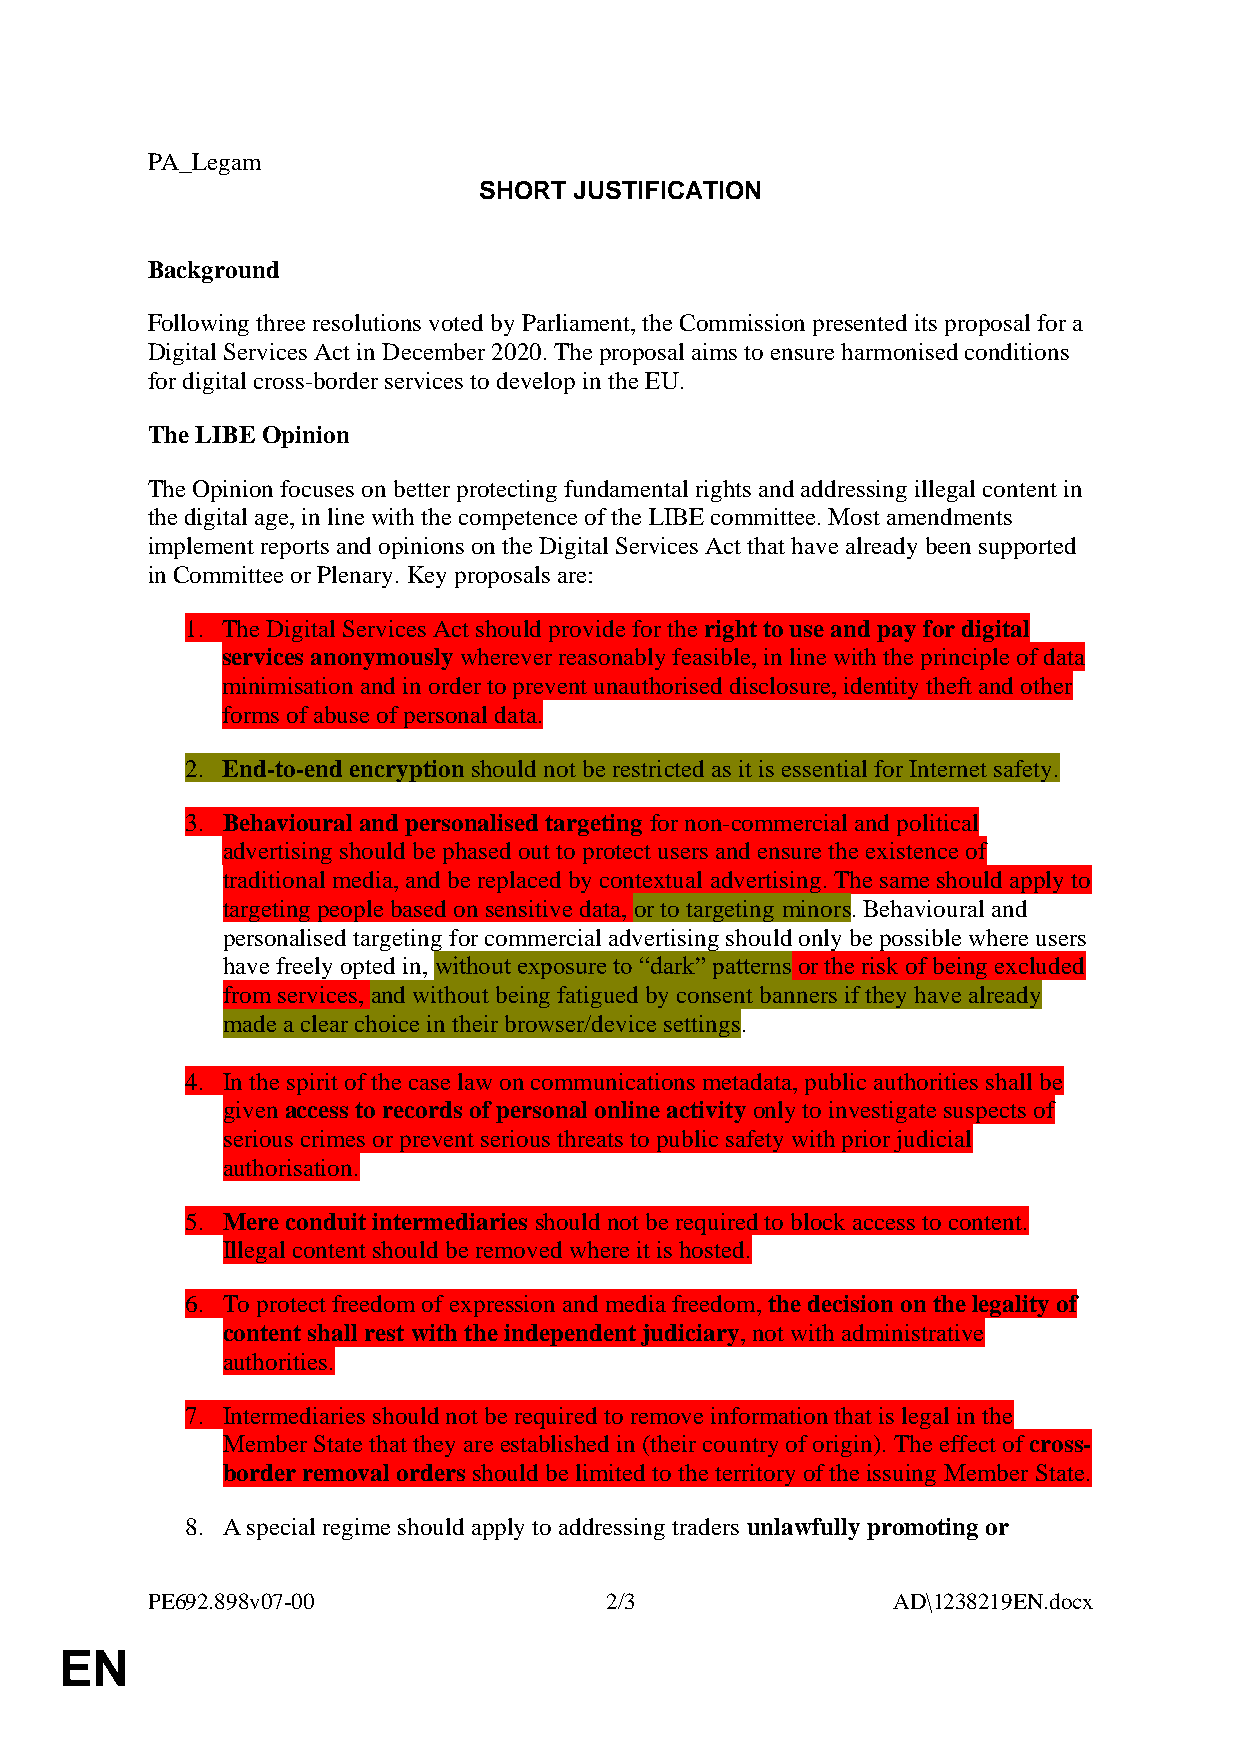
PA_Legam
 SHORT JUSTIFICATION
 Background
 Following three resolutions voted by Parliament, the Commission presented its proposal for a
 Digital Services Act in December 2020. The proposal aims to ensure harmonised conditions
 for digital cross-border services to develop in the EU.
 The LIBE Opinion
 The Opinion focuses on better protecting fundamental rights and addressing illegal content in
 the digital age, in line with the competence of the LIBE committee. Most amendments
 implement reports and opinions on the Digital Services Act that have already been supported
 in Committee or Plenary. Key proposals are:
 1. The Digital Services Act should provide for the right to use and pay for digital
 services anonymously wherever reasonably feasible, in line with the principle of data
 minimisation and in order to prevent unauthorised disclosure, identity theft and other
 forms of abuse of personal data.
 2. End-to-end encryption should not be restricted as it is essential for Internet safety.
 3. Behavioural and personalised targeting for non-commercial and political
 advertising should be phased out to protect users and ensure the existence of
 traditional media, and be replaced by contextual advertising. The same should apply to
 targeting people based on sensitive data, or to targeting minors. Behavioural and
 personalised targeting for commercial advertising should only be possible where users
 have freely opted in, without exposure to “dark” patterns or the risk of being excluded
 from services, and without being fatigued by consent banners if they have already
 made a clear choice in their browser/device settings.
 4. In the spirit of the case law on communications metadata, public authorities shall be
 given access to records of personal online activity only to investigate suspects of
 serious crimes or prevent serious threats to public safety with prior judicial
 authorisation.
 5. Mere conduit intermediaries should not be required to block access to content.
 Illegal content should be removed where it is hosted.
 6. To protect freedom of expression and media freedom, the decision on the legality of
 content shall rest with the independent judiciary, not with administrative
 authorities.
 7. Intermediaries should not be required to remove information that is legal in the
 Member State that they are established in (their country of origin). The effect of cross-
 border removal orders should be limited to the territory of the issuing Member State.
 8. A special regime should apply to addressing traders unlawfully promoting or
 PE692.898v07-00               2/3                AD\1238219EN.docx
 EN